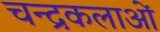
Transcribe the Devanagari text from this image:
चन्द्रकलाओं